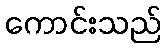
ကောင်းသည်